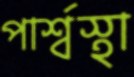
পার্শ্বস্থা